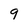
Character: 9